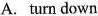
A.turn down